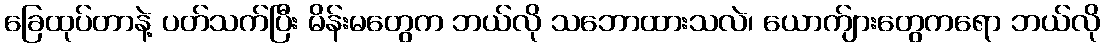
ခြေထုပ်တာနဲ့ ပတ်သက်ပြီး မိန်းမတွေက ဘယ်လို သဘောထားသလဲ၊ ယောက်ျားတွေကရော ဘယ်လို